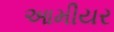
આમીયર